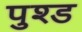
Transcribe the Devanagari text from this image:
पुश्ड